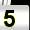
Digit: 5